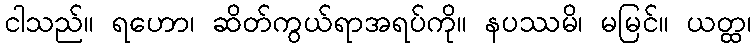
ငါသည်။ ရဟော၊ ဆိတ်ကွယ်ရာအရပ်ကို။ နပဿမိ၊ မမြင်။ ယတ္ထ၊